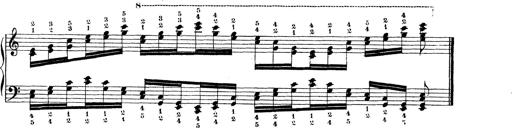
Title: Technische Studien
Composer: Franz Liszt